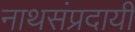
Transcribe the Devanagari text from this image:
नाथसंप्रदायी